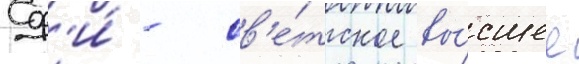
Сф'и́ - св'е́тское вы́сшее